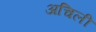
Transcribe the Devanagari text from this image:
अचिली